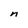
Character: n